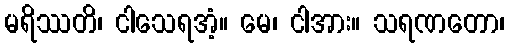
မရိဿတိ၊ ငါသေရအံ့။ မေ၊ ငါအား။ သရဏတော၊